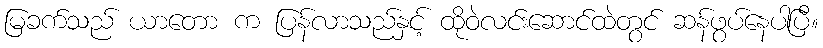
မြခက်သည် ယာတော က ပြန်လာသည်နှင့် ထိုဝဲလင်းဆောင်ထဲတွင် ဆန်ဖွပ်နေပါပြီ။